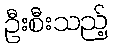
ဦးစီးသည့်